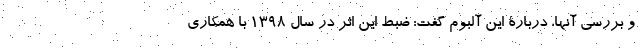
و بررسی آنها، دربارۀ این آلبوم گفت: ضبط اين اثر در سال ۱۳۹۸ با همکاری